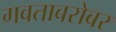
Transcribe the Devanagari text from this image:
गवताबरोबर